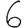
Digit: 6